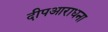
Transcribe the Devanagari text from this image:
दीपआराधना